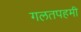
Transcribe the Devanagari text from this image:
गलतपहमी